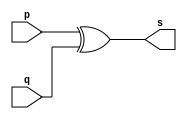
// Exemplo0005 - XOR
// Nome: Luiz Henrique da Costa Silva

// -- XOR gate

module xorgate (output [0:3]s, input [0:3]p, input [0:3]q);
	assign s = p ^ q;

endmodule			//xorgate

// -- test xor gate

module testxorgate;
					//dados locais

	reg [0:3]a,b;		//definir registradores
	
	wire [0:3]s;		//definir conexao (fio)

					//instancia
	xorgate XOR1 (s, a, b);
					//preparacao
	initial begin:start
		a=4'b0011;	//4 valores binarios
		b=4'b0101;	//4 valores binarios
	end
					//parte principal
					
	initial begin: main
		$display("Exemplo 0005 - Luiz Henrique da Costa Silva - 449800");
		$display("Test XOR gate:");
		$display("\n a ^ b = s\n");
		$monitor("%b ^ %b = %b", a, b, s);
		
	#1	a = 0; b = 0;						//valores decimais
	#1 a = 4'b0010; b = 4'b001;		//valores binarios
	#1	a = 4'd1; b = 3;					//decimal e decimal
	#1 a = 4'o5; b = 2;					//octal e decimal
	#1 a = 4'hA; b = 3;					//hexadecimal e decimal
	#1 a = 4'h9; b = 4'o3;				//hexadecimal e octal
	
	end
endmodule //testorgate